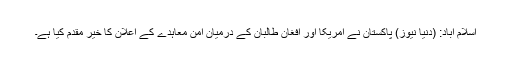
اسلام آباد: (دنیا نیوز) پاکستان نے امریکا اور افغان طالبان کے درمیان امن معاہدے کے اعلان کا خیر مقدم کیا ہے۔